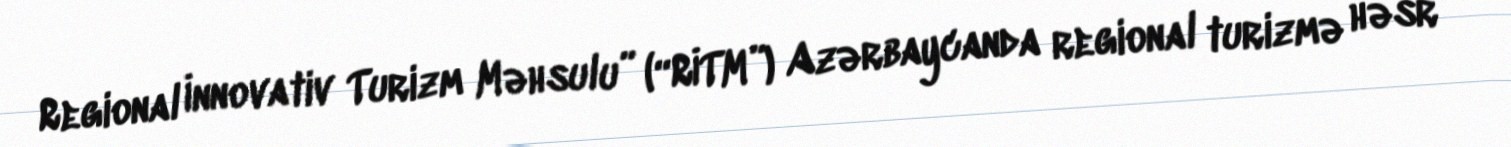
Regional İnnovativ Turizm Məhsulu” (“RİTM”) Azərbaycanda regional turizmə həsr